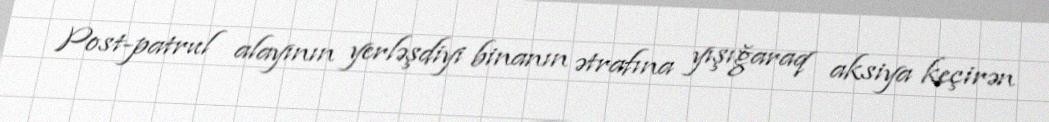
Post-patrul alayının yerləşdiyi binanın ətrafına yışığaraq aksiya keçirən